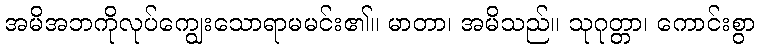
အမိအဘကိုလုပ်ကျွေးသောရာမမင်း၏။ မာတာ၊ အမိသည်။ သုဂုတ္တာ၊ ကောင်းစွာ